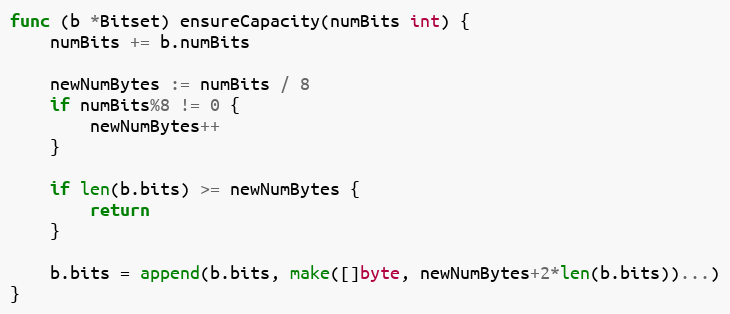
Language: Go
func (b *Bitset) ensureCapacity(numBits int) {
	numBits += b.numBits

	newNumBytes := numBits / 8
	if numBits%8 != 0 {
		newNumBytes++
	}

	if len(b.bits) >= newNumBytes {
		return
	}

	b.bits = append(b.bits, make([]byte, newNumBytes+2*len(b.bits))...)
}